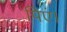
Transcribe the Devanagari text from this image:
पिएं।